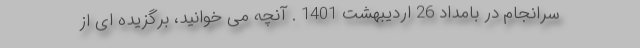
سرانجام در بامداد 26 اردیبهشت 1401 . آنچه می خوانید، برگزیده ای از